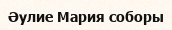
Әулие Мария соборы